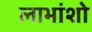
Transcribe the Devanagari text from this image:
लाभांशो